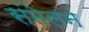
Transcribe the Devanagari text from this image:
संमेलनं